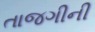
તાજગીની